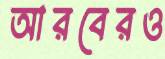
আরবেরও